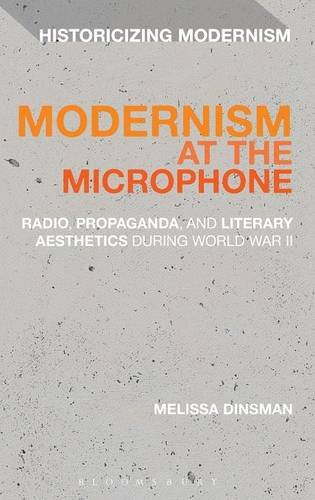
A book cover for Modernism at the Microphone: Radio, Propaganda, and Literary Aesthetics During World War II (Historicizing Modernism); Melissa Dinsman; Humor & Entertainment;